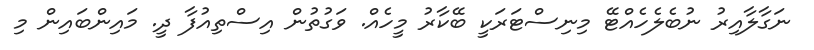
ނަގާލާއިރު ނުބެލެހެއްޓޭ މިނިސްޓަރަކީ ބޭކާރު މީހެއް. ވަގުތުން އިސްތިއުފާ ދީ. މައިންބައިން މި